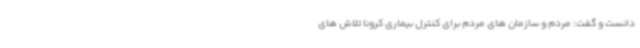
دانست و گفت: مردم و سازمان های مردم برای کنترل بیماری کرونا تلاش های